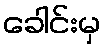
ခေါင်းမှ